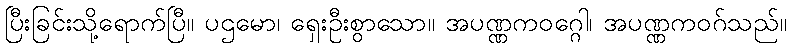
ပြီးခြင်းသို့ရောက်ပြီ။ ပဌမော၊ ရှေးဦးစွာသော။ အပဏ္ဏကဝဂ္ဂေါ၊ အပဏ္ဏကဝဂ်သည်။